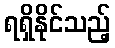
ရရှိနိုင်သည့်